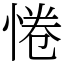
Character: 惓